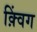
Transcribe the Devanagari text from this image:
क़्विंग